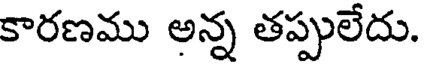
కారణము అన్న తప్పులేదు.